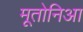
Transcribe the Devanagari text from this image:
मूतोनिआ